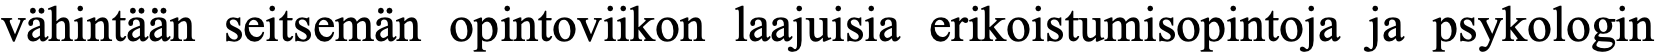
vähintään seitsemän opintoviikon laajuisia erikoistumisopintoja ja psykologin